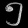
Digit: ၅